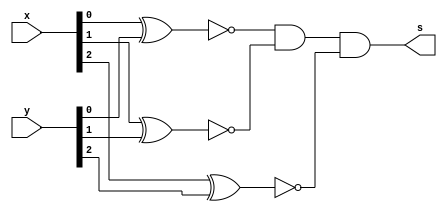
  // ------------------------- 
// Exemplo0023 - comparador para igualdade 
// Nome: Milton costa teles da silva
// -------------------------  
// ------------------------- 

module funcao(output s, input[2:0]x, input[2:0]y);
	wire [2:0]w;
	xnor xnor1(w[0],x[0],y[0]);
	xnor xnor2(w[1],x[1],y[1]);
	xnor xnor3(w[2],x[2],y[2]);
	and and1(s,w[0],w[1],w[2]);
endmodule //funcao

module principal;
	reg [2:0]x,y;
	wire s;
	funcao f1(s,x,y);
	
	initial begin
		x = 0; y = 0;
		$display("Exemplo0023 -  Milton costa teles da silva - 002751"); 
		$display("Test LU's comparador para igualdade");
		$display("  a   b  = saida");
		$monitor("%3b  %3b = %3b",x,y,s);
	  #1 y = 3'b001;
	  #1 x = 3'b011; y = 3'b001; 
     #1 y = 3'b010; 
	  #1 y = 3'b011;  
	  #1 y = 3'b100;
	  #1 x = 3'b010; 
	  #1 y = 3'b010; 
	  #1 y = 3'b110;
	  #1 y = 3'b111;

	end
endmodule //principal